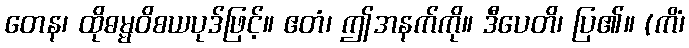
တေန၊ ထိုဓမ္မဝိစယပုဒ်ဖြင့်။ ဧတံ၊ ဤအနက်ကို။ ဒီပေတိ၊ ပြ၏။ (ကိံ၊